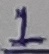
Text: 1